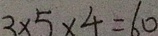
3 \times 5 \times 4 = 6 0